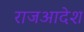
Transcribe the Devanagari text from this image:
राजआदेश